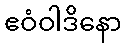
ဧဝံဝါဒိနော